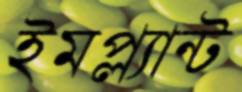
ইমপ্ল্যান্ট